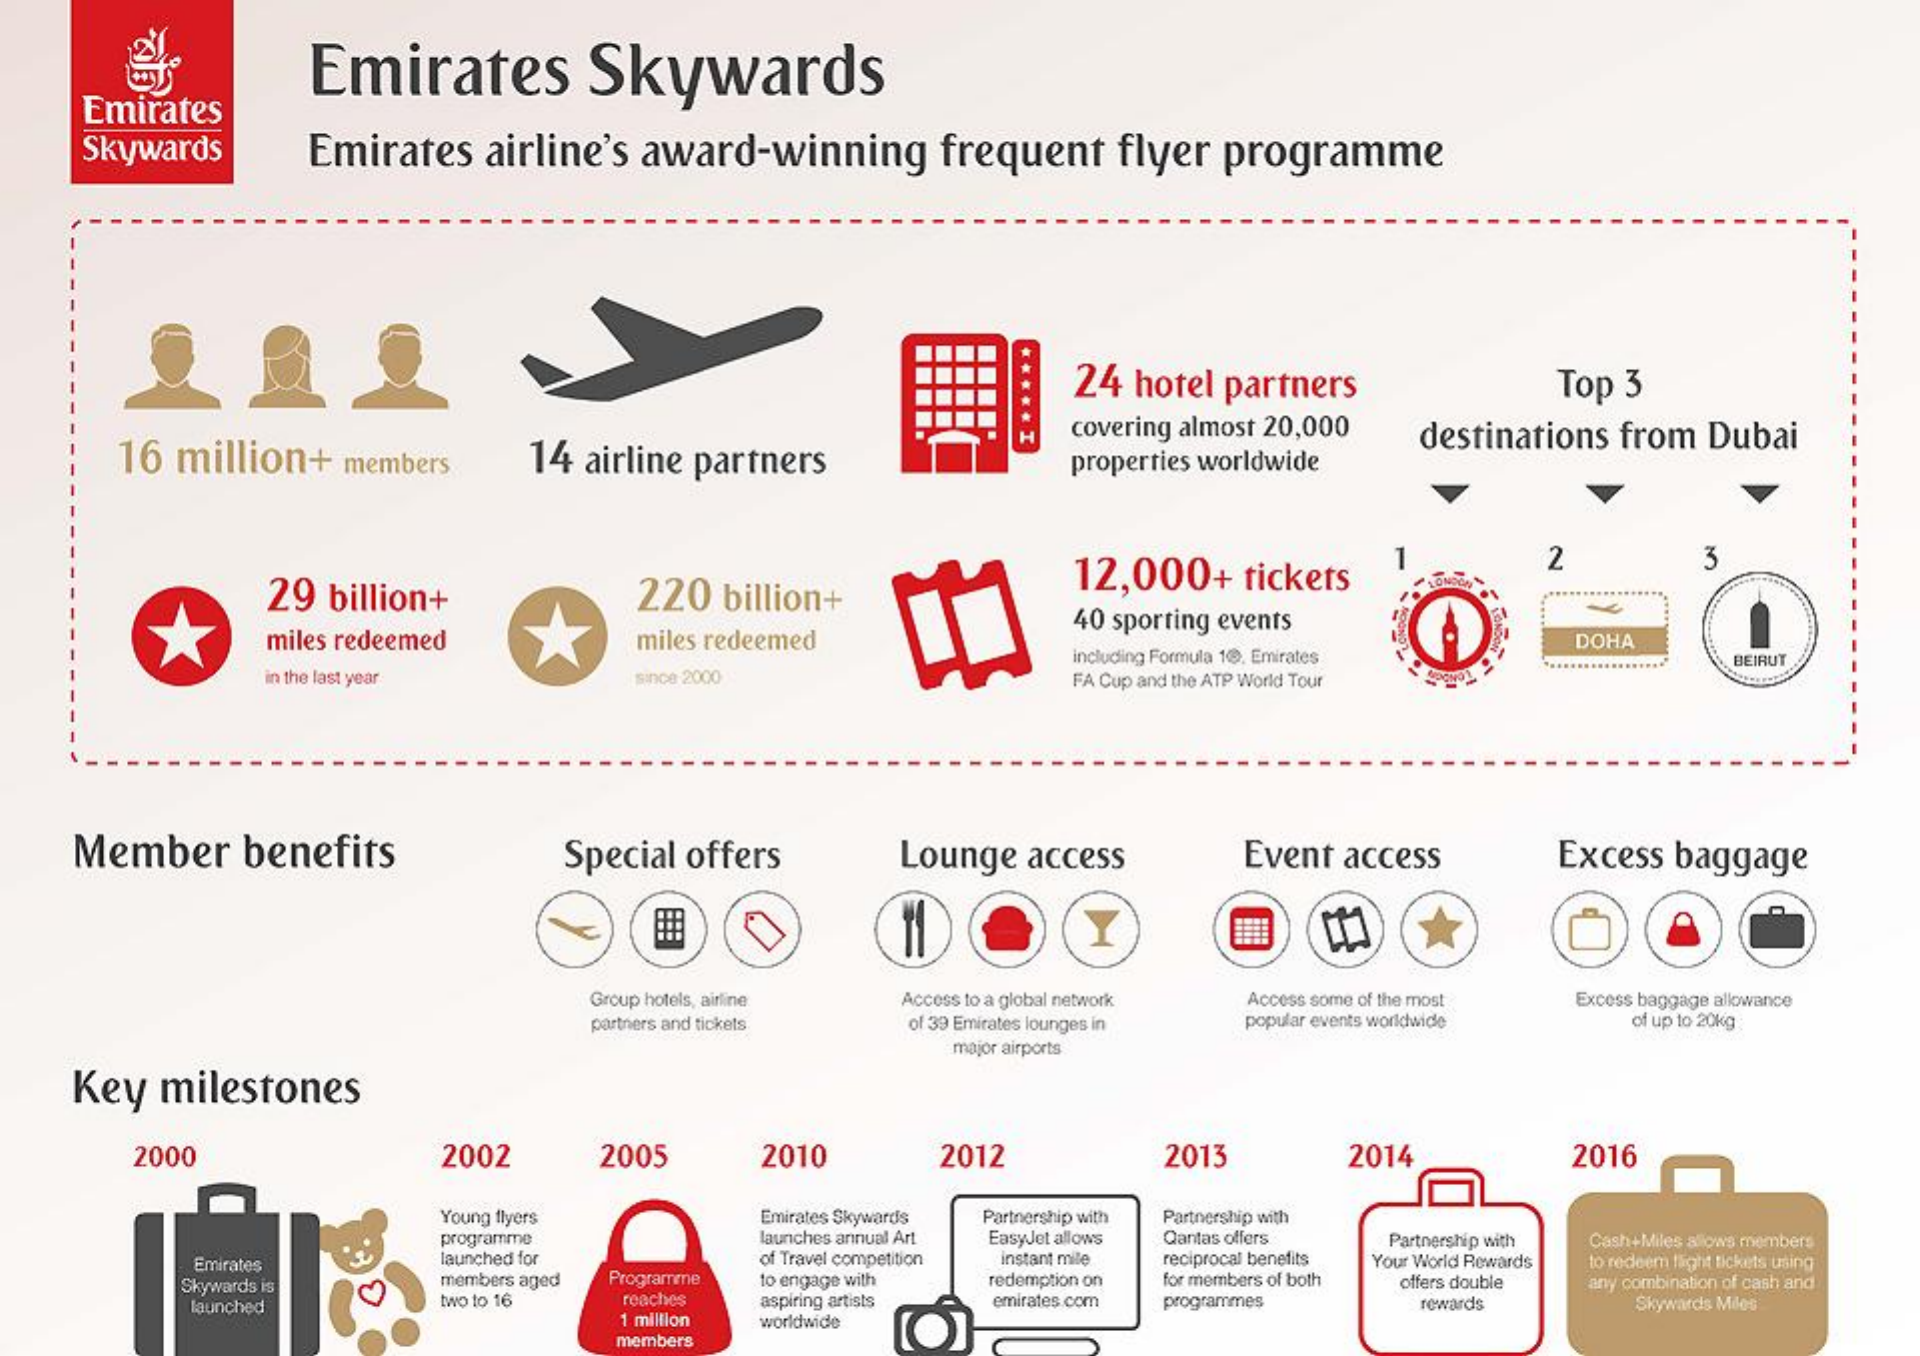
Emirates    Skywards
     Emirates
     Skywards    Emirates    airline's  award-winning    frequent    flyer  programme
     ..... 24 hotel partners    Top  3
     16  million+    members    14  airline partners
     covering almost 20,000  destinations from  Dubai
     properties worldwide
     29  billion+
     12,000+    tickets
     2    3
     220  billion+
     miles redeemed    miles redeemed
     40 sporting events
     including Formula 1@. Emirates
     DOHA
     in the last year    since 2000    FA Cup and the ATP World Tour
     BEIRUT
     Member    benefits    Special offers    Lounge  access    Event  access    Excess  baggage
     Group hotels, airline Access to a global network Access some of the most Excess baggage allowance
     partners and tickets of 39 Emirates lounges in popular events worldwide of up to 20kg
     major airports
     Key   milestones
     2000    2002    2005    2010    2012    2013    2014    2016
     Young flyers    Emirates Skywards Partnership with Partnership with
     programme    launches annual Art EasyJet allows Qantas offers Partnership with
     Emirates
     Cash+Miles alows members
     Launched for
     Programme
     of Travel competition instant mile reciprocal benefits Your World Rewards
     members aged    to engage with
     to redeem flight tickets using
     Skywards is    redemption on for members of both
     roaches  aspiring artists
     offers double any combination of cash and
     launched    two to 16    emirates.com
     1 million
     programmes
     worldwide
     rewards    Skywards Mies
     members